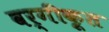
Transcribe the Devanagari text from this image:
वर्गीकृ्त